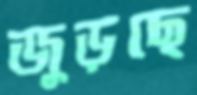
জুড়ছে